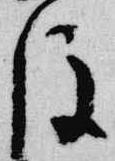
後